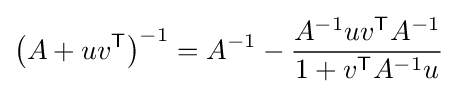
\left(A+uv^{\textsf {T}}\right)^{-1}=A^{-1}-{A^{-1}uv^{\textsf {T}}A^{-1} \over 1+v^{\textsf {T}}A^{-1}u}